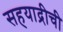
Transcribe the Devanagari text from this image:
सहयाद्रीची